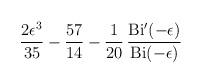
LaTeX: \begin{align*}{{2\epsilon^3}\over{35}} - {{57}\over{14}} - {1\over{20}}\,{{{\rm Bi}'(-\epsilon)}\over{{\rm Bi}(-\epsilon)}}\end{align*}